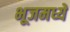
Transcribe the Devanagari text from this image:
भूजमध्ये